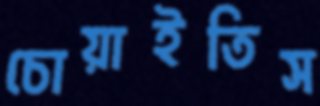
চোয়াইতিস